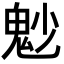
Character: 𩲎